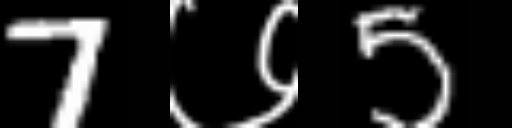
Text: 7७5